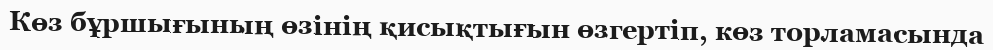
Көз бұршығының өзінің қисықтығын өзгертіп, көз торламасында